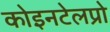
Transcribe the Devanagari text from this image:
कोइनटेलप्रो